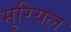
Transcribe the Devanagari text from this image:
मुरियल